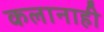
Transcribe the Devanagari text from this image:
कलानाही